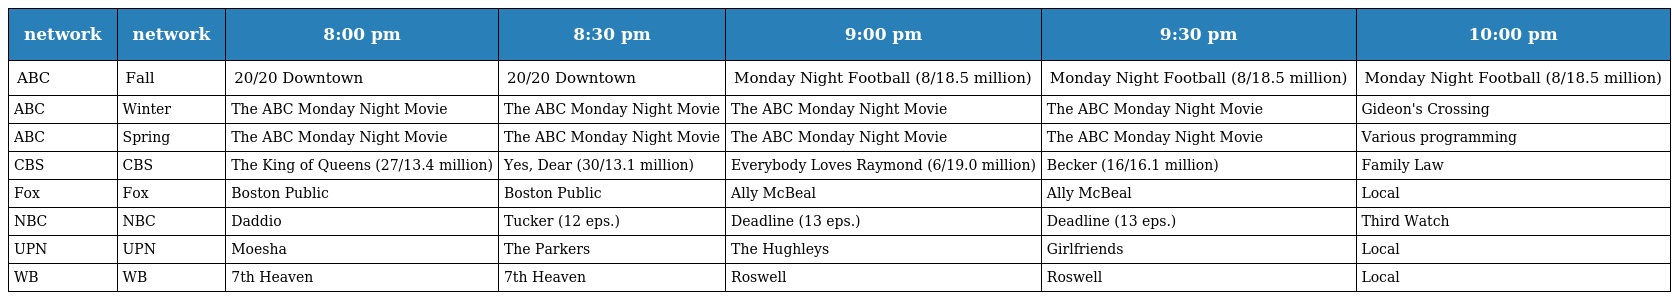
| network | network | 8:00 pm | 8:30 pm | 9:00 pm | 9:30 pm | 10:00 pm |
 | --- | --- | --- | --- | --- | --- | --- |
 | ABC | Fall | 20/20 Downtown | 20/20 Downtown | Monday Night Football (8/18.5 million) | Monday Night Football (8/18.5 million) | Monday Night Football (8/18.5 million) |
 | ABC | Winter | The ABC Monday Night Movie | The ABC Monday Night Movie | The ABC Monday Night Movie | The ABC Monday Night Movie | Gideon's Crossing |
 | ABC | Spring | The ABC Monday Night Movie | The ABC Monday Night Movie | The ABC Monday Night Movie | The ABC Monday Night Movie | Various programming |
 | CBS | CBS | The King of Queens (27/13.4 million) | Yes, Dear (30/13.1 million) | Everybody Loves Raymond (6/19.0 million) | Becker (16/16.1 million) | Family Law |
 | Fox | Fox | Boston Public | Boston Public | Ally McBeal | Ally McBeal | Local |
 | NBC | NBC | Daddio | Tucker (12 eps.) | Deadline (13 eps.) | Deadline (13 eps.) | Third Watch |
 | UPN | UPN | Moesha | The Parkers | The Hughleys | Girlfriends | Local |
 | WB | WB | 7th Heaven | 7th Heaven | Roswell | Roswell | Local |